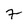
Character: 7